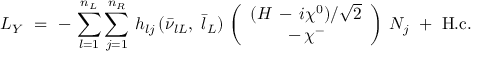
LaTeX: { \cal L } _ { Y } \ = \ - \, \sum _ { l = 1 } ^ { n _ { L } } \sum _ { j = 1 } ^ { n _ { R } } \, h _ { l j } \, ( \bar { \nu } _ { l L } , \ \bar { l } _ { L } ) \, \left( \begin{array} { c } { { ( H \, - \, i \chi ^ { 0 } ) / \sqrt { 2 } } } \\ { { - \, \chi ^ { - } } } \end{array} \right) \, N _ { j } \ + \ \mathrm { H . c . }